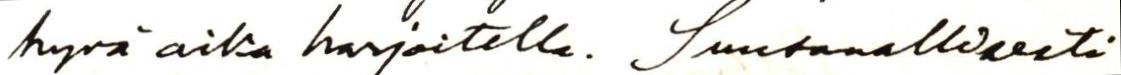
hyvä aika harjoitella. Suusanallisesti